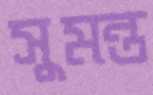
সুমন্ত